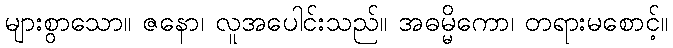
များစွာသော။ ဇနော၊ လူအပေါင်းသည်။ အဓမ္မိကော၊ တရားမစောင့်။